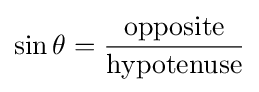
\sin \theta ={\frac {\mathrm {opposite} }{\mathrm {hypotenuse} }}